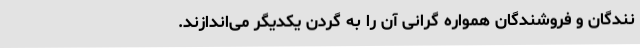
نندگان و فروشندگان همواره گرانی آن را به گردن یکدیگر می‌اندازند.